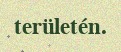
területén.